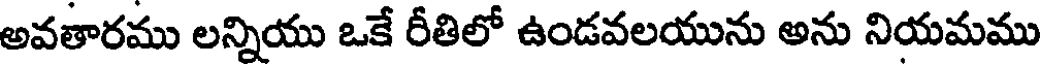
అవతారము లన్నియు ఒకే రీతిలో ఉండవలయును అను నియమము